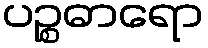
ပဉ္စဓာရော